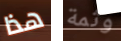
هذا وثمة